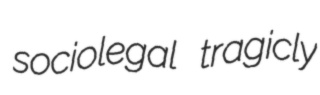
sociolegal tragicly